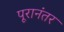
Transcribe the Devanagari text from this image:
पूरानंतर